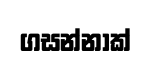
ගසන්නාක්